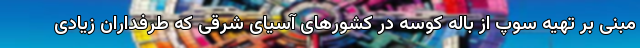
مبنی بر تهیه سوپ از باله کوسه در کشورهای آسیای شرقی که طرفداران زیادی